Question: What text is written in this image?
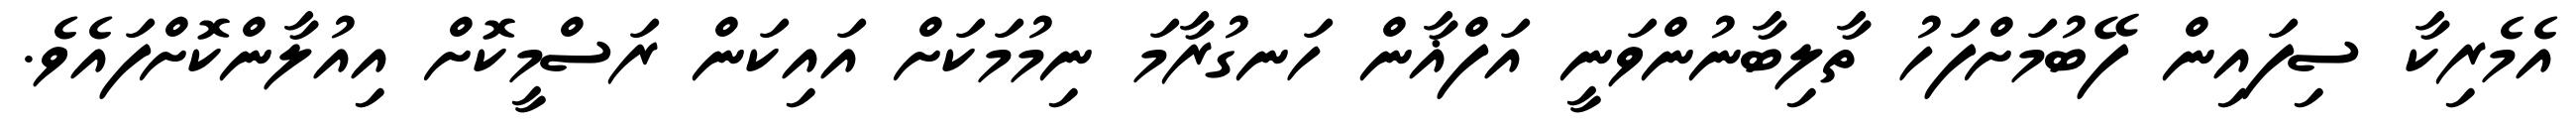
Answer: އެމެރިކާ ސިފައިން ފޭބުމަށްފަހު ތާލިބާނުންވަނީ އަފްޣާން ހަނގުރާމަ ނިމުމަކަށް އައިކަން ރަސްމީކޮށް އިއުލާންކޮށްފައެވެ.